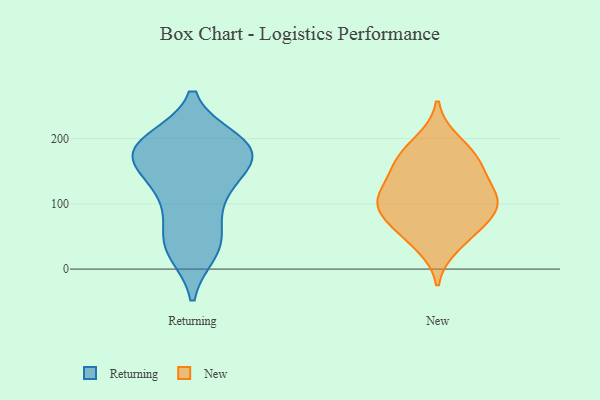
{"axis": {"x": "Gross Profit (USD K)", "y": "Value"}, "legend": ["New", "Returning"], "data": [{"x": "", "y": 180, "type": "Returning"}, {"x": "", "y": 116, "type": "Returning"}, {"x": "", "y": 36, "type": "Returning"}, {"x": "", "y": 162, "type": "Returning"}, {"x": "", "y": 160, "type": "Returning"}, {"x": "", "y": 192, "type": "Returning"}, {"x": "", "y": 28, "type": "Returning"}, {"x": "", "y": 185, "type": "Returning"}, {"x": "", "y": 196, "type": "Returning"}, {"x": "", "y": 121, "type": "Returning"}, {"x": "", "y": 183, "type": "Returning"}, {"x": "", "y": 187, "type": "Returning"}, {"x": "", "y": 171, "type": "Returning"}, {"x": "", "y": 37, "type": "Returning"}, {"x": "", "y": 102, "type": "Returning"}, {"x": "", "y": 51, "type": "Returning"}, {"x": "", "y": 65, "type": "New"}, {"x": "", "y": 175, "type": "New"}, {"x": "", "y": 107, "type": "New"}, {"x": "", "y": 91, "type": "New"}, {"x": "", "y": 111, "type": "New"}, {"x": "", "y": 105, "type": "New"}, {"x": "", "y": 157, "type": "New"}, {"x": "", "y": 36, "type": "New"}, {"x": "", "y": 94, "type": "New"}, {"x": "", "y": 163, "type": "New"}, {"x": "", "y": 60, "type": "New"}, {"x": "", "y": 196, "type": "New"}, {"x": "", "y": 135, "type": "New"}]}